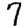
Digit: 7